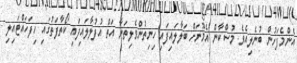
އެންމެފަހުން ބުނެލިއެވެ. މުސްކާން އެމޫނަށް ބަލާލައިފައި ހިނިތުންވެލިތަނާ އަތް އުފުލާލައިފައި ކޯތާފަތުގައި ހިފަހައްޓައިލި